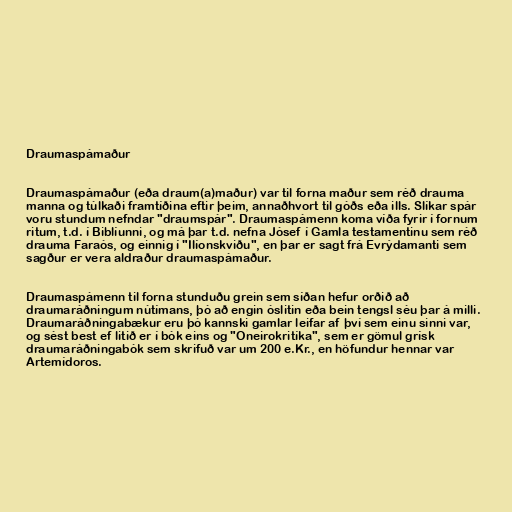
Draumaspámaður

Draumaspámaður (eða draum(a)maður) var til forna maður sem réð drauma
manna og túlkaði framtíðina eftir þeim, annaðhvort til góðs eða ills. Slíkar spár
voru stundum nefndar "draumspár". Draumaspámenn koma víða fyrir í fornum
ritum, t.d. í Biblíunni, og má þar t.d. nefna Jósef í Gamla testamentinu sem réð
drauma Faraós, og einnig í "Ilíonskviðu", en þar er sagt frá Evrýdamanti sem
sagður er vera aldraður draumaspámaður.

Draumaspámenn til forna stunduðu grein sem síðan hefur orðið að
draumaráðningum nútímans, þó að engin óslitin eða bein tengsl séu þar á milli.
Draumaráðningabækur eru þó kannski gamlar leifar af því sem einu sinni var,
og sést best ef litið er í bók eins og "Oneirokritíka", sem er gömul grísk
draumaráðningabók sem skrifuð var um 200 e.Kr., en höfundur hennar var
Artemídoros.